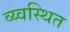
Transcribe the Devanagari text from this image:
व्य्वस्थित